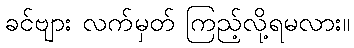
ခင်ဗျား လက်မှတ် ကြည့်လို့ရမလား။